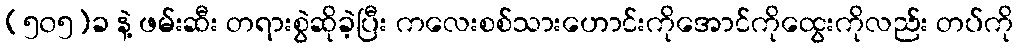
(၅၀၅)ခ နဲ့ ဖမ်းဆီး တရားစွဲဆိုခဲ့ပြီး ကလေးစစ်သားဟောင်းကိုအောင်ကိုထွေးကိုလည်း တပ်ကို